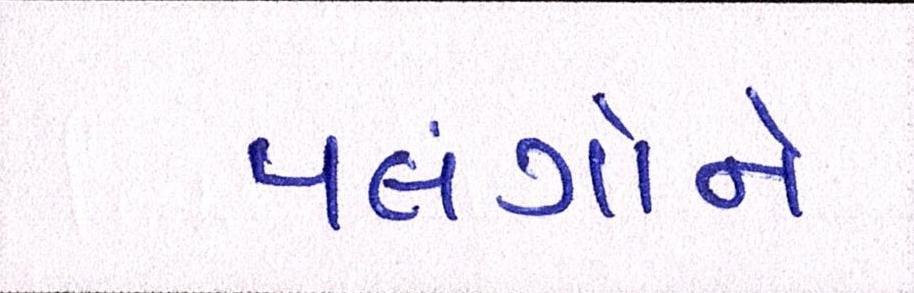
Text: પલંગોને